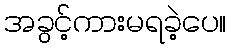
အခွင့်ကားမရခဲ့ပေ။